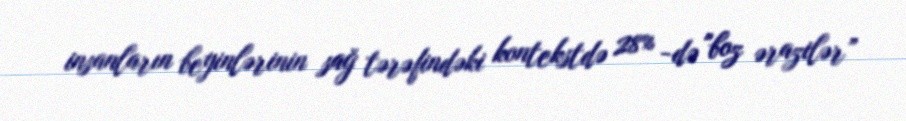
insanların beyinlərinin sağ tərəfindəki kontekstdə 28% -də "boz ərazilər”